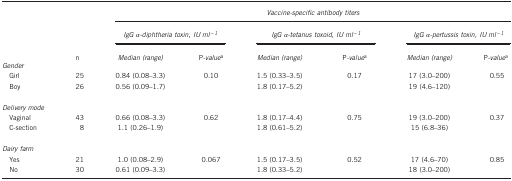
<table><thead><tr><td><b> </b></td><td><b> </b></td><td colspan="6"><b><i>Vaccine-specific antibody titers</i></b></td></tr><tr><td><b> </b></td><td><b> </b></td><td colspan="2"><b><i>IgG α-diphtheria toxin, IU ml<sup>−1</sup></i></b></td><td colspan="2"><b><i>IgG α-tetanus toxoid, IU ml<sup>−1</sup></i></b></td><td colspan="2"><b><i>IgG α-pertussis toxin, IU ml<sup>−1</sup></i></b></td></tr><tr><td><b> </b></td><td><b>n</b></td><td><b><i>Median (range)</i></b></td><td><b>P<i>-value</i>a</b></td><td><b><i>Median (range)</i></b></td><td><b>P<i>-value</i>a</b></td><td><b><i>Median (range)</i></b></td><td><b>P<i>-value</i>a</b></td></tr></thead><tbody><tr><td colspan="8"><i>Gender</i></td></tr><tr><td> Girl</td><td>25</td><td>0.84 (0.08–3.3)</td><td>0.10</td><td>1.5 (0.33–3.5)</td><td>0.17</td><td>17 (3.0–200)</td><td>0.55</td></tr><tr><td> Boy</td><td>26</td><td>0.56 (0.09–1.7)</td><td> </td><td>1.8 (0.17–5.2)</td><td> </td><td>19 (4.6–120)</td><td> </td></tr><tr><td> </td><td> </td><td> </td><td> </td><td> </td><td> </td><td> </td><td> </td></tr><tr><td colspan="8"><i>Delivery mode</i></td></tr><tr><td> Vaginal</td><td>43</td><td>0.66 (0.08–3.3)</td><td>0.62</td><td>1.8 (0.17–4.4)</td><td>0.75</td><td>19 (3.0–200)</td><td>0.37</td></tr><tr><td> C-section</td><td>8</td><td>1.1 (0.26–1.9)</td><td> </td><td>1.8 (0.61–5.2)</td><td> </td><td>15 (6.8–36)</td><td> </td></tr><tr><td> </td><td> </td><td> </td><td> </td><td> </td><td> </td><td> </td><td> </td></tr><tr><td colspan="8"><i>Dairy farm</i></td></tr><tr><td> Yes</td><td>21</td><td>1.0 (0.08–2.9)</td><td>0.067</td><td>1.5 (0.17–3.5)</td><td>0.52</td><td>17 (4.6–70)</td><td>0.85</td></tr><tr><td> No</td><td>30</td><td>0.61 (0.09–3.3)</td><td> </td><td>1.8 (0.33–5.2)</td><td> </td><td>18 (3.0–200)</td><td> </td></tr></tbody></table>